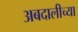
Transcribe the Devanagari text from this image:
अबदालीच्या